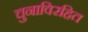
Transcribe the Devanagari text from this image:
चुनाविरहित